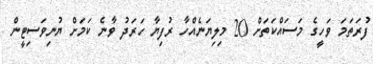
ފުރަތަމަ ވަހީގެ މަސައްކަތަށް 20 މިލިޔަނެއްހާ ރުފިޔާ ހަރަދު ވާނެ ކަމަށް ޔުނިވަސިޓީން